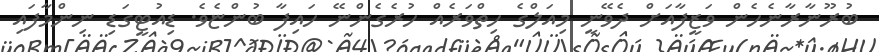
ބުރޫނާރާނެހެން ވަޒީފާއަށް ދެވޭނީ މިއަލްގެ ހިތްވަރެއް ހުރެގެންނޭ ހައިފާ ބުންޏެވެ. ޑިއުޓީގަޑި ނިންމާފައި